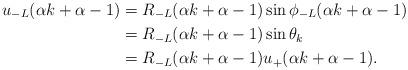
LaTeX: \begin{align*}u_{-L}(\alpha k+\alpha -1)&=R_{-L}(\alpha k+\alpha -1)\sin \phi_{-L}(\alpha k+\alpha-1)\\&=R_{-L}(\alpha k+\alpha -1)\sin \theta_k\\&=R_{-L}(\alpha k+\alpha-1)u_{+}(\alpha k+\alpha -1).\end{align*}